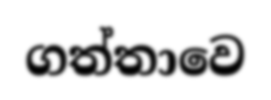
ගත්තාවෙ